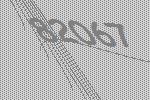
82067